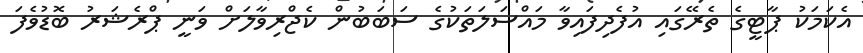
އެކަމަކު ޕާޓީގެ ތެރޭގައި އުފެދިފައިވާ މަައްސަލަތަކުގެ ސަބަބުން ކެޖްރިވާލަށް ވަނީ ޕްރެޝަރު ބޮޑުވެފަ